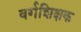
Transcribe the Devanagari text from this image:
वर्गशिक्षक